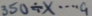
3 5 0 \div x \cdots 9